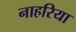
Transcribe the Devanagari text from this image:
नाहरिया